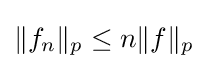
\|f_{n}\|_{p}\leq n\|f\|_{p}